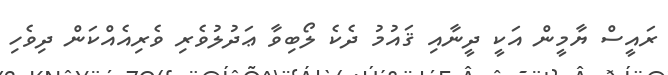
ރައީސް ޔާމީން އަކީ ދީނާއި ޤައުމު ދެކެ ލޯބިވާ ޢަދުލުވެރި ވެރިއެއްކަން ދިވެހި